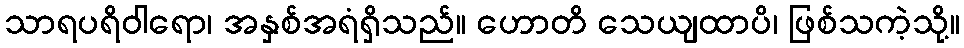
သာရပရိဝါရော၊ အနှစ်အရံရှိသည်။ ဟောတိ သေယျထာပိ၊ ဖြစ်သကဲ့သို့။